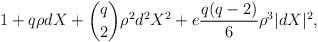
LaTeX: \begin{align*} 1+ q\rho d X + \binom{q}{2} \rho^2 d^2 X^2 + e \frac{q(q-2)}{6}\rho^3|dX|^2, \end{align*}